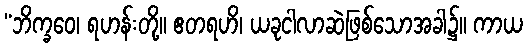
“ဘိက္ခဝေ၊ ရဟန်းတို့။ ဧတရဟိ၊ ယခုငါလာဆဲဖြစ်သောအခါ၌။ ကာယ